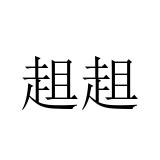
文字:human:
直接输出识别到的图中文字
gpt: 趄趄